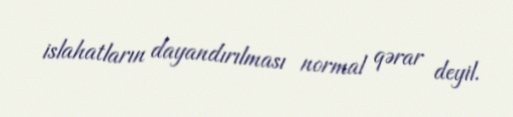
islahatların dayandırılması normal qərar deyil.